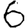
Digit: 6